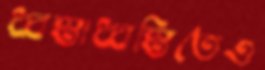
ধ্বস্তাধ্বস্তিতেও